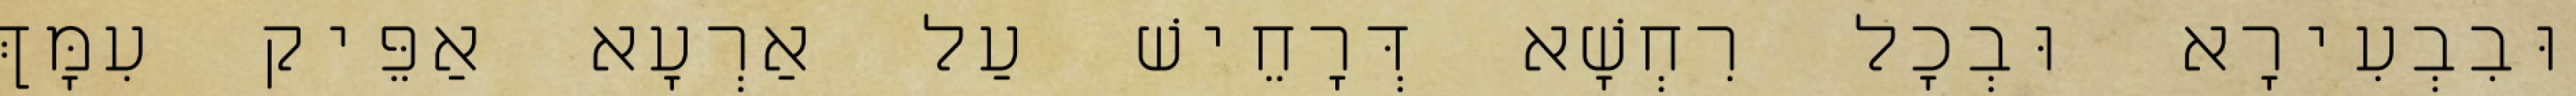
וּבִבְעִירָא וּבְכָל רִחְשָׁא דְּרָחֵישׁ עַל אַרְעָא אַפֵּיק עִמָּךְ